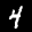
Label: 4